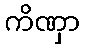
ကိဏှာ